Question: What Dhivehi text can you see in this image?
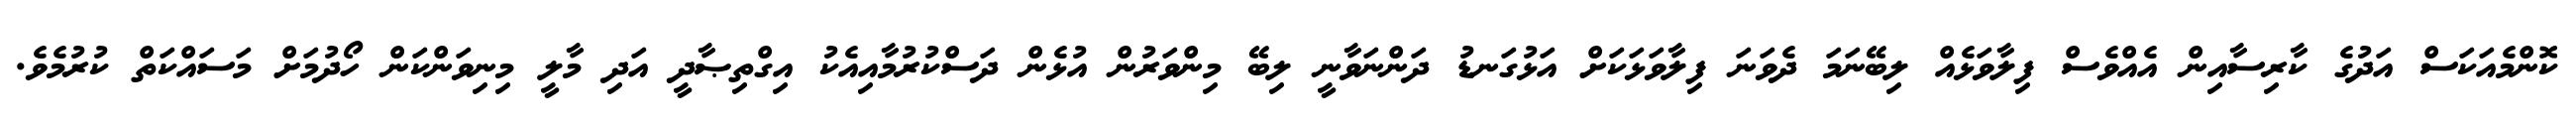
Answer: ކޮންމެއަކަސް އަދުގެ ކާރިސާއިން އެއްވެސް ފިލާވަޅެއް ލިބޭނަމަ ދެވަނަ ފިލާވަޅަކަށް އަޅުގަނޑު ދަންނަވާނީ ލިބޭ މިންވަރުން އުޅެން ދަސްކުރުމާއިއެކު އިގްތިޞާދީ އަދި މާލީ މިނިވަންކަން ހޯދުމަށް މަސައްކަތް ކުރުމެވެ.